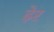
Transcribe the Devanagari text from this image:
ढे़र